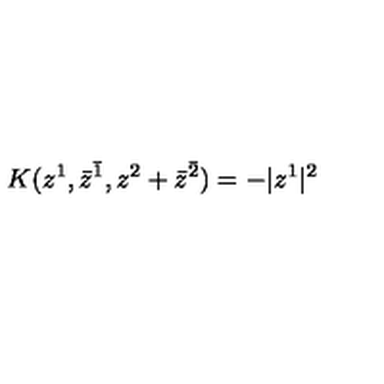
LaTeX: K ( z ^ { 1 } , \bar { z } ^ { \bar { 1 } } , z ^ { 2 } + \bar { z } ^ { \bar { 2 } } ) = - | z ^ { 1 } | ^ { 2 }